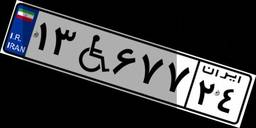
۱۳W۶۷۷۲۴